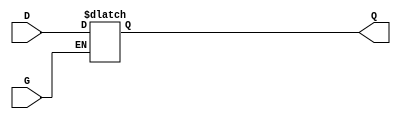
module gated_latch (
    input wire D,   // Data input
    input wire G,   // Gate (enable) signal
    output reg Q    // Output
);

// Level-sensitive operation
always @(*) begin
    if (G) begin
        // When gate is high, output follows input
        Q = D;
    end
    // When gate is low, output retains its last value (implicitly done)
end

endmodule